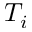
T _ { i }